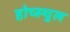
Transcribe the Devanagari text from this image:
होच्स्चुल